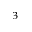
^ 3